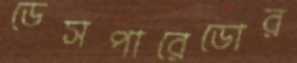
ডেসপারেডোর